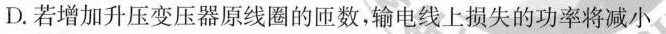
D.若增加升压变压器原线圈的匝数，输电线上损失的功率将减小